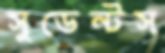
সুডেন্টস